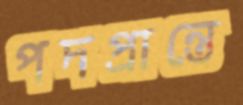
পদপ্রান্তে